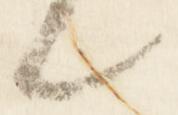
々